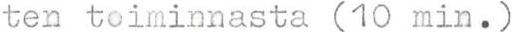
ten toiminnasta (10 min.)